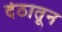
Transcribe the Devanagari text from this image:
देठातून